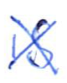
Text: is
Cross-out: cross
Writing tool: ballpoint